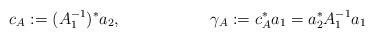
LaTeX: \begin{align*} c_A &:= (A_1^{-1})^* a_2, & \gamma_A &:= c_A^* a_1 = a_2^* A_1^{-1} a_1\end{align*}